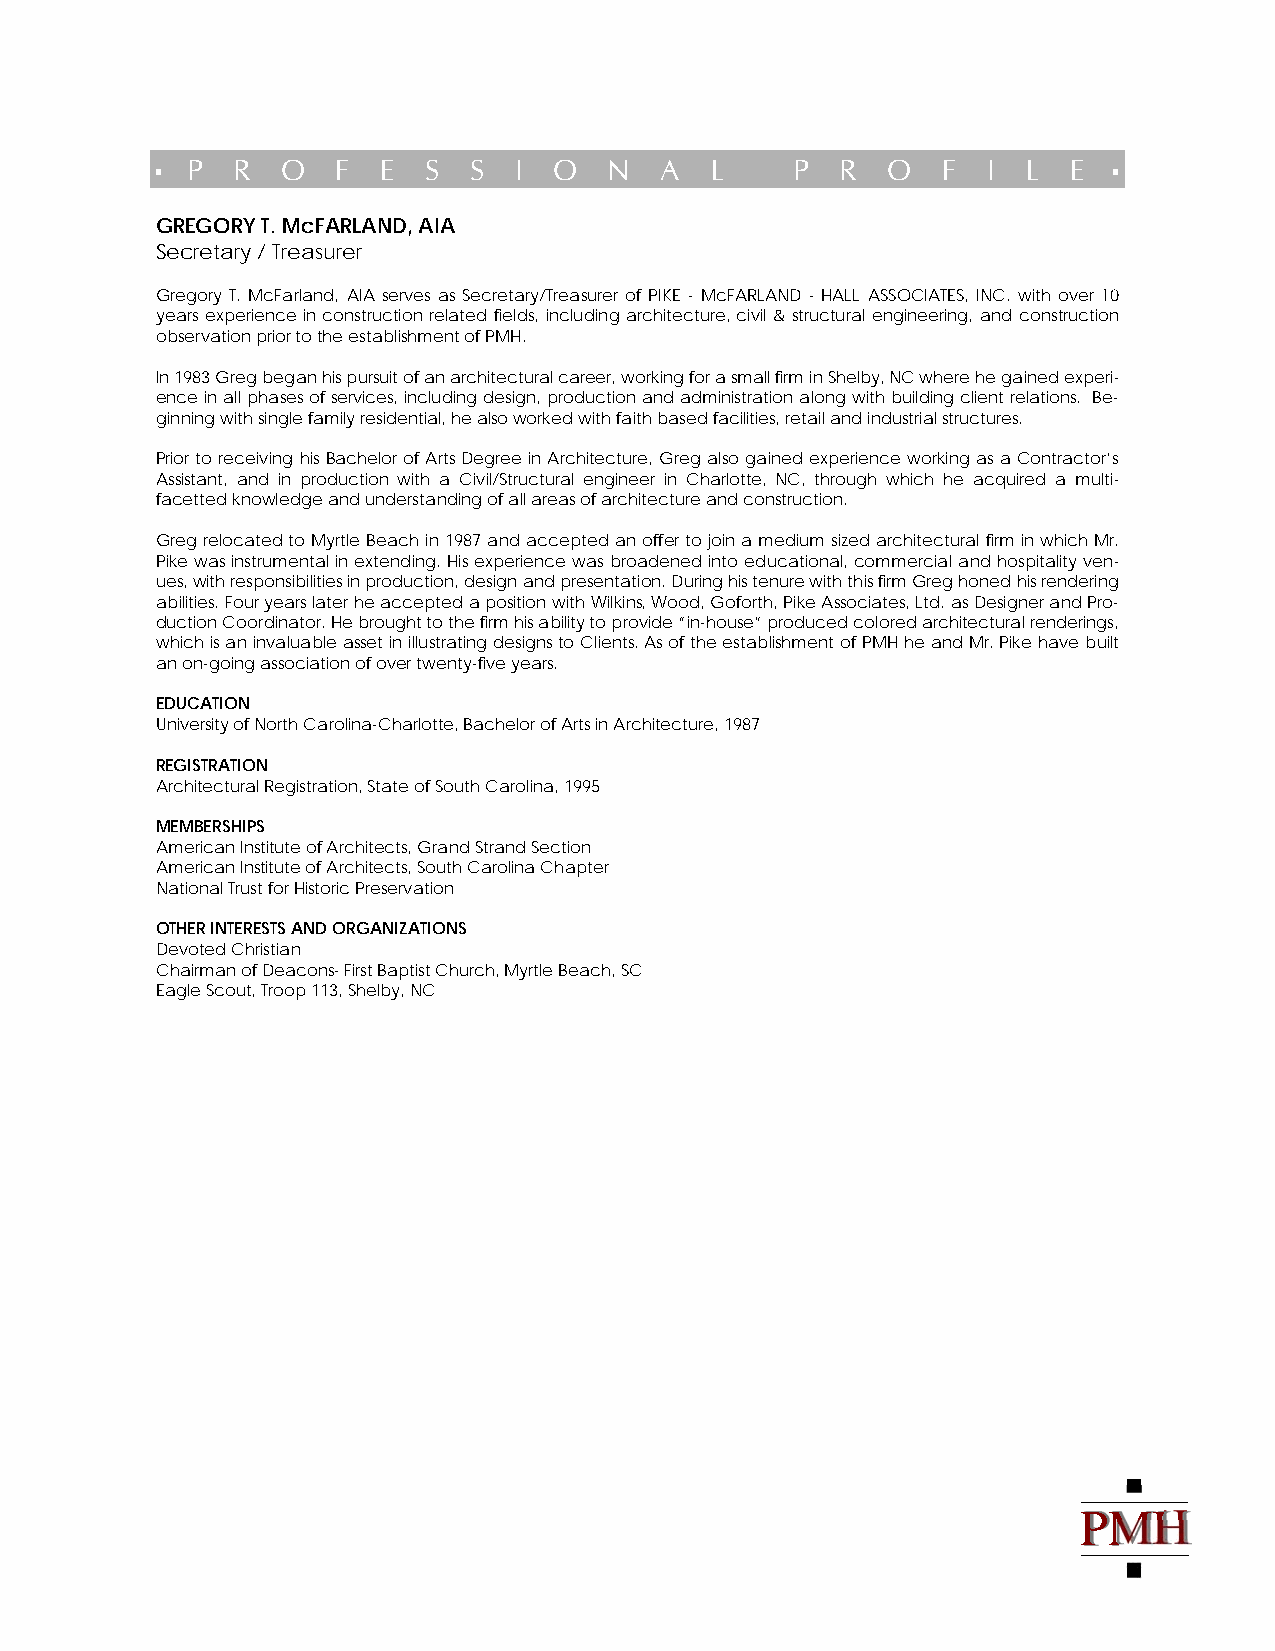
▪ P  R   O  F  E  S  S  I  O  N   A  L     P  R  O  F  I  L  E  ▪
 GREGORY T. McFARLAND, AIA
 Secretary / Treasurer
 Gregory T. McFarland, AIA serves as Secretary/Treasurer of PIKE - McFARLAND - HALL ASSOCIATES, INC. with over 10
 years experience in construction related fields, including architecture, civil & structural engineering, and construction
 observation prior to the establishment of PMH.
 In 1983 Greg began his pursuit of an architectural career, working for a small firm in Shelby, NC where he gained experi-
 ence in all phases of services, including design, production and administration along with building client relations. Be-
 ginning with single family residential, he also worked with faith based facilities, retail and industrial structures.
 Prior to receiving his Bachelor of Arts Degree in Architecture, Greg also gained experience working as a Contractor’s
 Assistant, and in production with a Civil/Structural engineer in Charlotte, NC, through which he acquired a multi-
 facetted knowledge and understanding of all areas of architecture and construction.
 Greg relocated to Myrtle Beach in 1987 and accepted an offer to join a medium sized architectural firm in which Mr.
 Pike was instrumental in extending. His experience was broadened into educational, commercial and hospitality ven-
 ues, with responsibilities in production, design and presentation. During his tenure with this firm Greg honed his rendering
 abilities. Four years later he accepted a position with Wilkins, Wood, Goforth, Pike Associates, Ltd. as Designer and Pro-
 duction Coordinator. He brought to the firm his ability to provide “in-house” produced colored architectural renderings,
 which is an invaluable asset in illustrating designs to Clients. As of the establishment of PMH he and Mr. Pike have built
 an on-going association of over twenty-five years.
 EDUCATION
 University of North Carolina-Charlotte, Bachelor of Arts in Architecture, 1987
 REGISTRATION
 Architectural Registration, State of South Carolina, 1995
 MEMBERSHIPS
 American Institute of Architects, Grand Strand Section
 American Institute of Architects, South Carolina Chapter
 National Trust for Historic Preservation
 OTHER INTERESTS AND ORGANIZATIONS
 Devoted Christian
 Chairman of Deacons- First Baptist Church, Myrtle Beach, SC
 Eagle Scout, Troop 113, Shelby, NC
 
 PMH
 